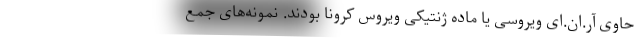
حاوی آر.ان.ای ویروسی یا ماده ژنتیکی ویروس کرونا بودند. نمونه‌های جمع